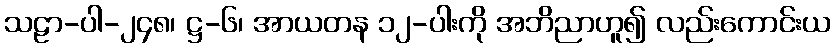
သဠာ-ပါ-၂၄၈၊ ဋ္ဌ-၆၊ အာယတန ၁၂-ပါးကို အဘိညာဟူ၍ လည်းကောင်းယ